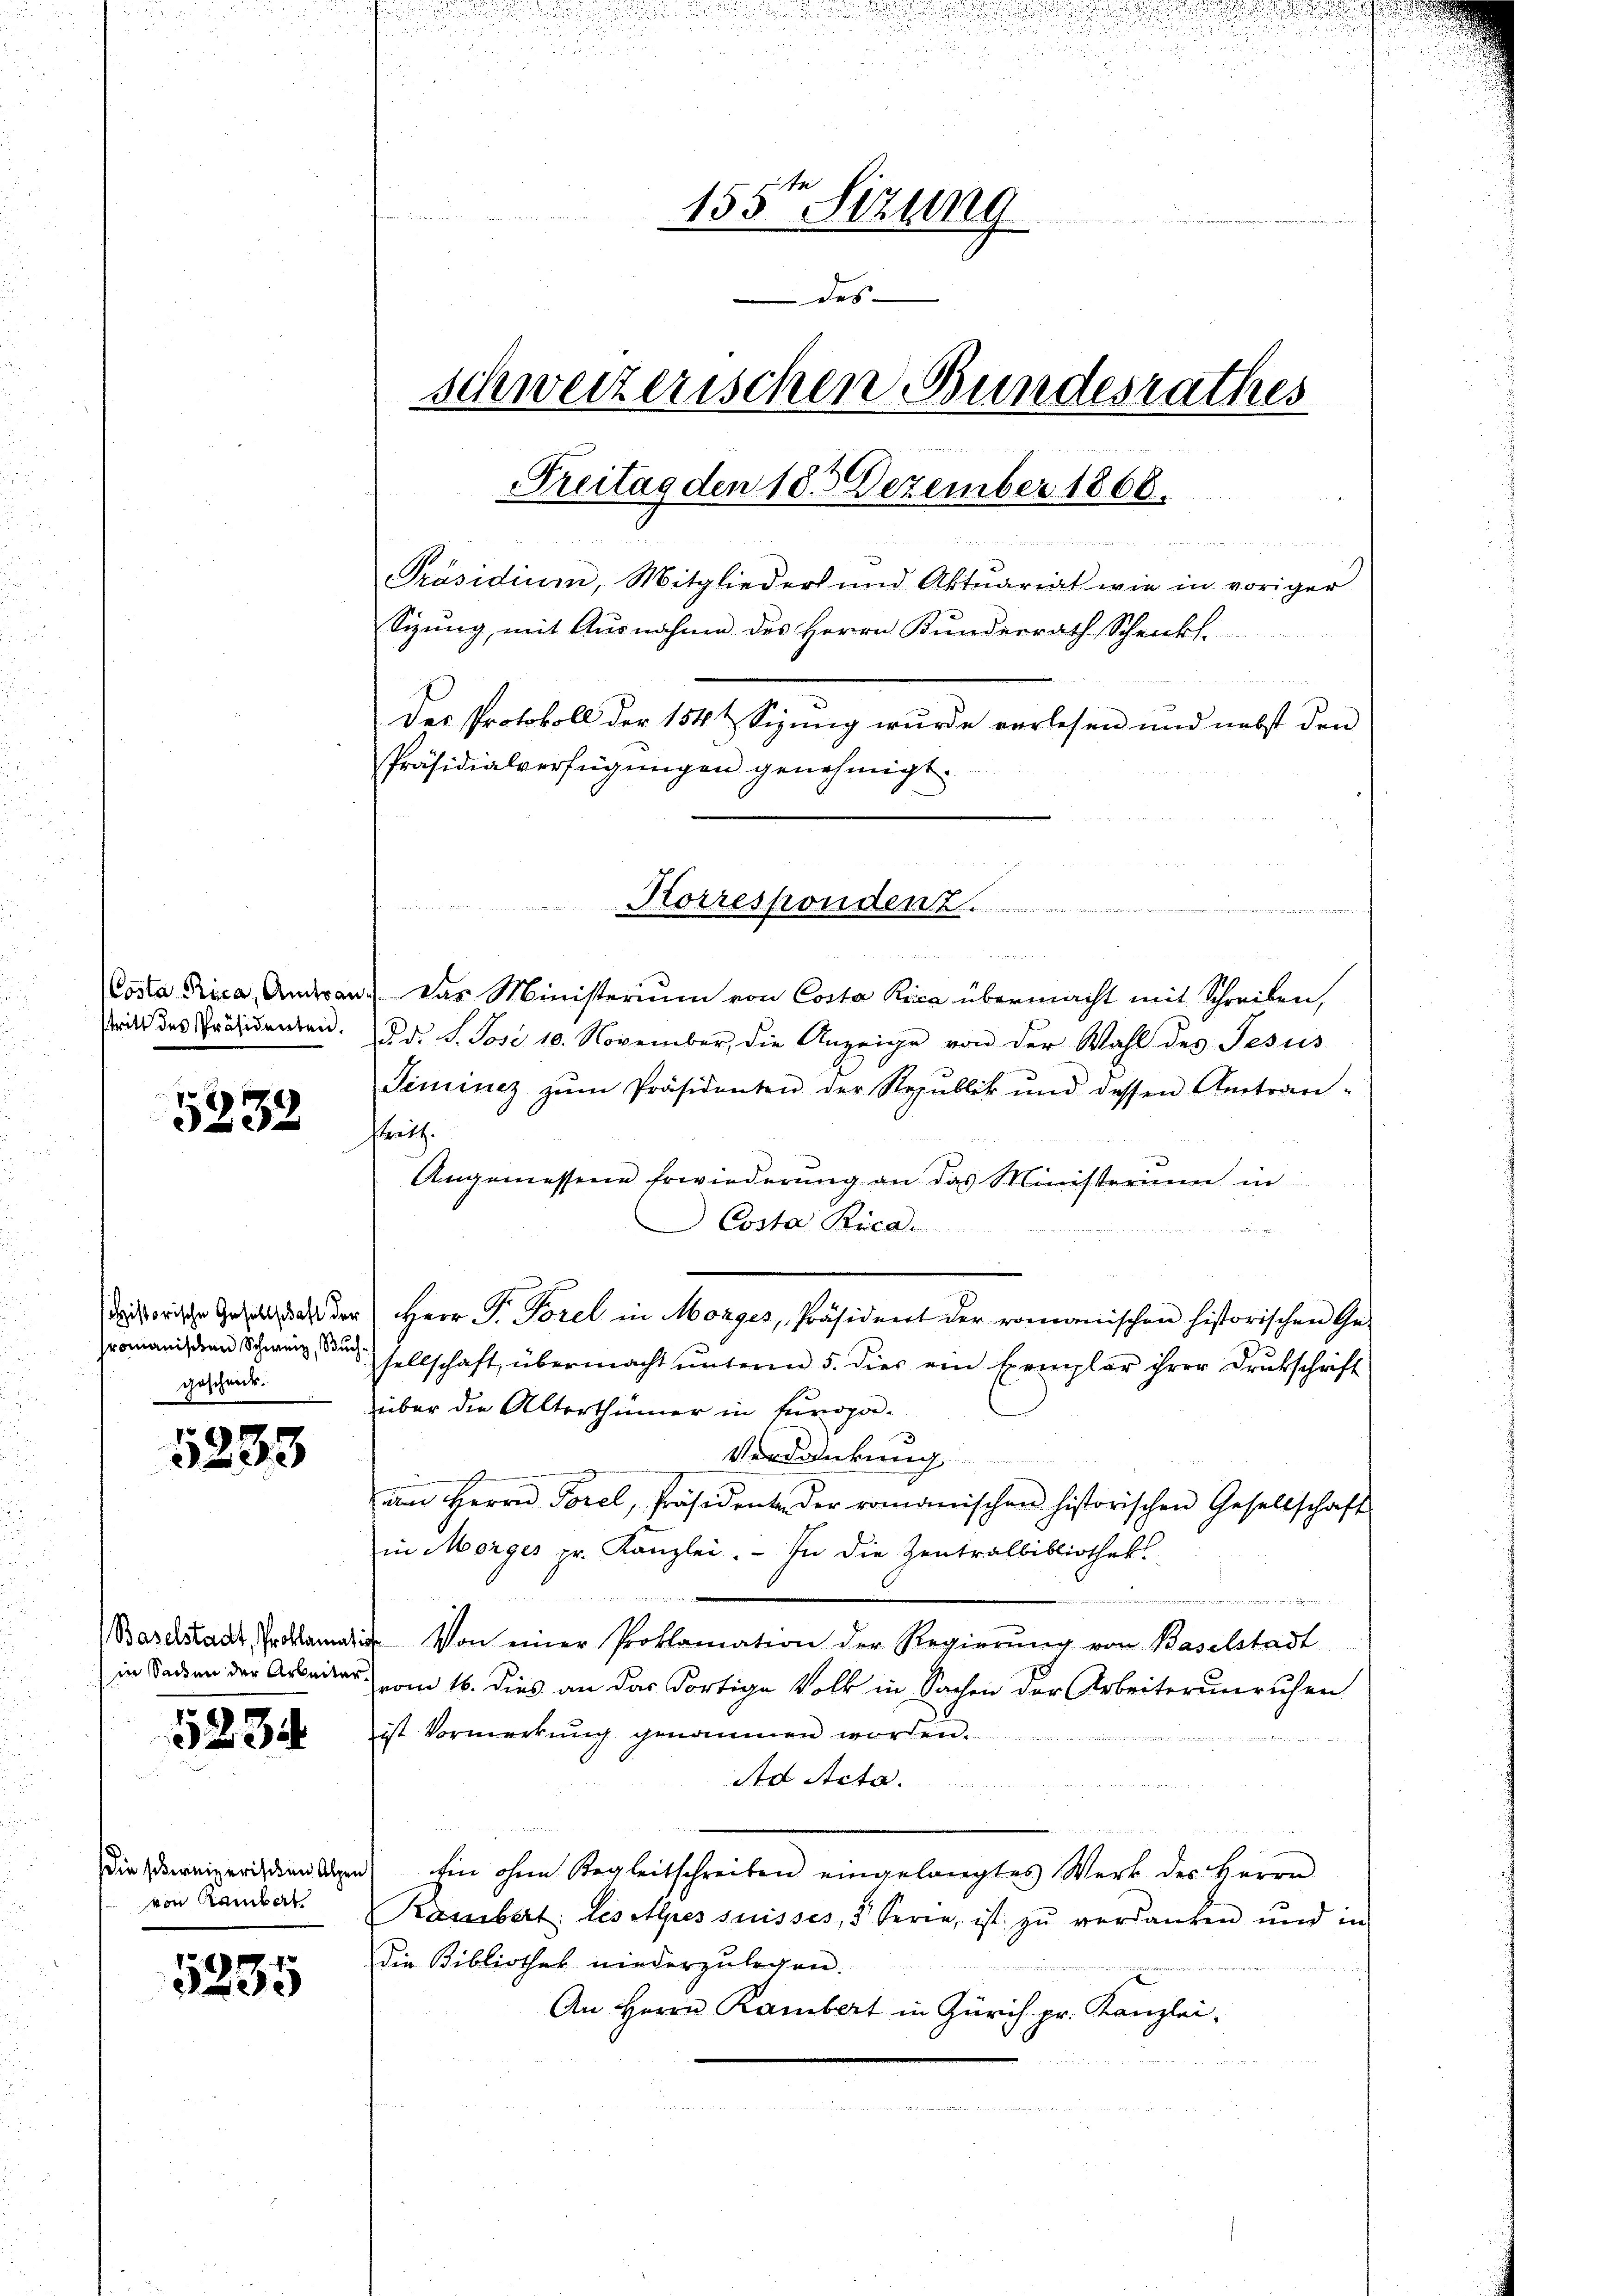
Costa Rica, Amtsan
stritt des Präsidenten.

5232

shistorische Gesellschaft der
romanischen Schweiz, Buch-
gescheide.

5233

Baselstadt, Proklamati
in Sachen der Arbeiter.

5234

die schreizerischen Alpen
von Rambat

5235

.
u
d
155ten Sizung
des
schweizerischen Bundesrathes
Freitag den 183 Dezember 1866.

e
Präsidium, Mitglieder und Aktuariat wie in voriger
Sizung, mit Ausnahme des Herrn Kundesrath Schenkt.
e
Des Protokoll der 154 & Sizung wurde verlesen und nebst den
Präsidialverfügungen genehmigt.

Das Ministerium von Costa Rica übermacht mit Schreiben,
dd. S. Jose 10. November, die Anzeige von der Wahl des Jesus
Sinicz zŭm Präsidenten der Republik und dessen Antran-
kritt.
Angemessene Erwiederung an das Ministerium in
Costa Rica.

ire eine
sellschaft, übermacht unterm 5. dies ein Exemplar ihrer Drukschrift
über die Alterthümer in Europa¬
)
Verdankung
am Herrn Porel, Präsidente der romanischen historischen Gesellschaft
in Morges pr. Kanzlei. - In die Zentralbibliotheks

Von einer Proklamation der Regierung von Baselstadt
vom 16. dies an das dortige Volk in Sachen der Arbeiterunruhen
ist Vormerkung genommen worden.
Ad Acta.
Ein ohne Regleitschreiben eingelangtes Werk des Herrn
Kassibert: les Alpes suisses, 3 Seren, ist zu verdanken und in
Die Bibliothek niederzulegen.

An Herrn Rambert in Zürich pr. Kanzlei.

d Z 1
Korrespondenz

Herr P. Torel in Morges, Präsident der romanischen historischen Ge-

.
u
u